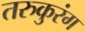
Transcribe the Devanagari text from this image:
तरुकुरंग